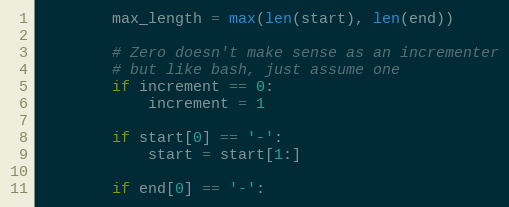
Language: Python
        max_length = max(len(start), len(end))

        # Zero doesn't make sense as an incrementer
        # but like bash, just assume one
        if increment == 0:
            increment = 1

        if start[0] == '-':
            start = start[1:]

        if end[0] == '-':